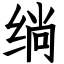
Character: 绱